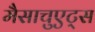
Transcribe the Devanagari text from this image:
मैसाचुएट्स